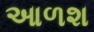
આળશ